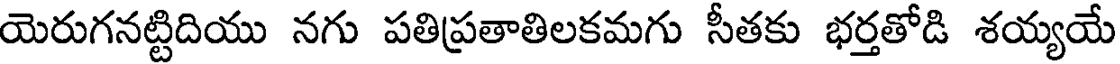
యెరుగనట్టిదియు నగు పతిప్రతాతిలకమగు సీతకు భర్తతోడి శయ్యయే